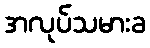
အလုပ်သမားခ